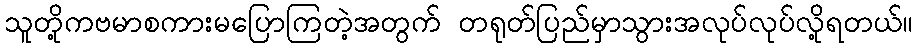
သူတို့ကဗမာစကားမပြောကြတဲ့အတွက် တရုတ်ပြည်မှာသွားအလုပ်လုပ်လို့ရတယ်။